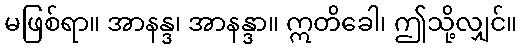
မဖြစ်ရာ။ အာနန္ဒ၊ အာနန္ဒာ။ ဣတိခေါ၊ ဤသို့လျှင်။